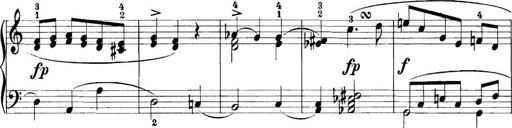
Title: 11 Sonatinas
Composer: Anton Diabelli